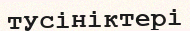
тусініктері